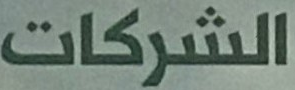
الشركات